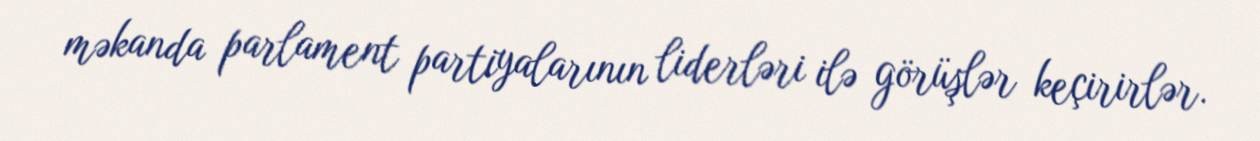
məkanda parlament partiyalarının liderləri ilə görüşlər keçirirlər.